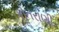
કોતરાણી